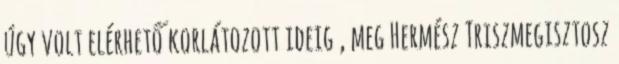
úgy volt elérhető korlátozott ideig , meg Hermész Triszmegisztosz